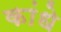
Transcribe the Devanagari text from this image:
कांधे